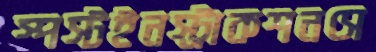
স্পস্টইনস্ট্রাকশনসে